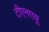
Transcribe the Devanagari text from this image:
टीएनएयू